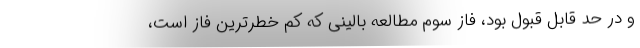
و در حد قابل قبول بود، فاز سوم مطالعه بالینی که کم خطرترین فاز است،